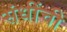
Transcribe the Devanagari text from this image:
संधींची